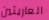
العاريتين